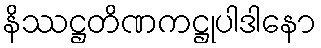
နိဿဋ္ဌတိဏကဋ္ဌုပါဒါနော